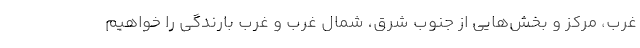
غرب، مرکز و بخش‌هایی از جنوب شرق، شمال غرب و غرب بارندگی را خواهیم